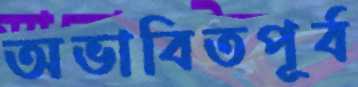
অভাবিতপূর্ব